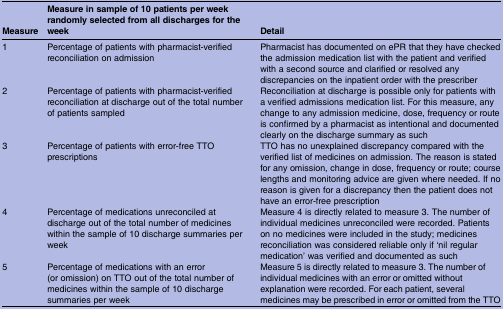
| Measure | Measure in sample of 10 patients per week randomly selected from all discharges for the week | Detail |
 | --- | --- | --- |
 | 1 | Percentage of patients with pharmacist-verified reconciliation on admission | Pharmacist has documented on ePR that they have checked the admission medication list with the patient and verified with a second source and clarified or resolved any discrepancies on the inpatient order with the prescriber |
 | 2 | Percentage of patients with pharmacist-verified reconciliation at discharge out of the total number of patients sampled | Reconciliation at discharge is possible only for patients with a verified admissions medication list. For this measure, any change to any admission medicine, dose, frequency or route is confirmed by a pharmacist as intentional and documented clearly on the discharge summary as such |
 | 3 | Percentage of patients with error-free TTO prescriptions | TTO has no unexplained discrepancy compared with the verified list of medicines on admission. The reason is stated for any omission, change in dose, frequency or route; course lengths and monitoring advice are given where needed. If no reason is given for a discrepancy then the patient does not have an error-free prescription |
 | 4 | Percentage of medications unreconciled at discharge out of the total number of medicines within the sample of 10 discharge summaries per week | Measure 4 is directly related to measure 3. The number of individual medicines unreconciled were recorded. Patients on no medicines were included in the study; medicines reconciliation was considered reliable only if ‘nil regular medication’ was verified and documented as such |
 | 5 | Percentage of medications with an error (or omission) on TTO out of the total number of medicines within the sample of 10 discharge summaries per week | Measure 5 is directly related to measure 3. The number of individual medicines with an error or omitted without explanation were recorded. For each patient, several medicines may be prescribed in error or omitted from the TTO |